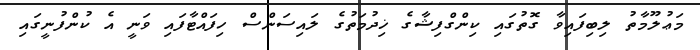
މަޢުލޫމާތު ލިބިފައިވާ ގޮތުގައި ކިންގްފިޝާގެ ޚިދުމަތުގެ ލައިސަންސް ހިފައްޓާފައި ވަނީ އެ ކުންފުނީގައި